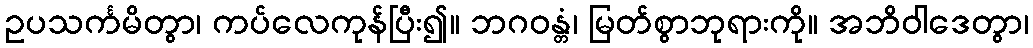
ဥပသင်္ကမိတွာ၊ ကပ်လေကုန်ပြီး၍။ ဘဂဝန္တံ၊ မြတ်စွာဘုရားကို။ အဘိဝါဒေတွာ၊